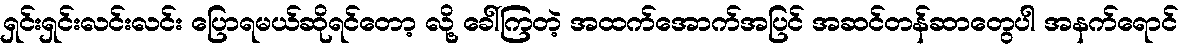
ရှင်းရှင်းလင်းလင်း ပြောရမယ်ဆိုရင်တော့ လို့ ခေါ်ကြတဲ့ အထက်အောက်အပြင် အဆင်တန်ဆာတွေပါ အနက်ရောင်